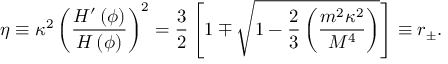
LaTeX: \eta \equiv \kappa ^ { 2 } \left( { \frac { H ^ { \prime } \left( \phi \right) } { H \left( \phi \right) } } \right) ^ { 2 } = { \frac { 3 } { 2 } } \left[ 1 \mp \sqrt { 1 - { \frac { 2 } { 3 } } \left( { \frac { m ^ { 2 } \kappa ^ { 2 } } { M ^ { 4 } } } \right) } \right] \equiv r _ { \pm } .